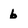
Character: 6